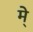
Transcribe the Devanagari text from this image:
मे्